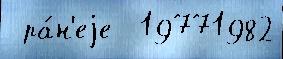
 ра́н'еjе  19771982